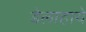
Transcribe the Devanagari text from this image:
डेलाहाये